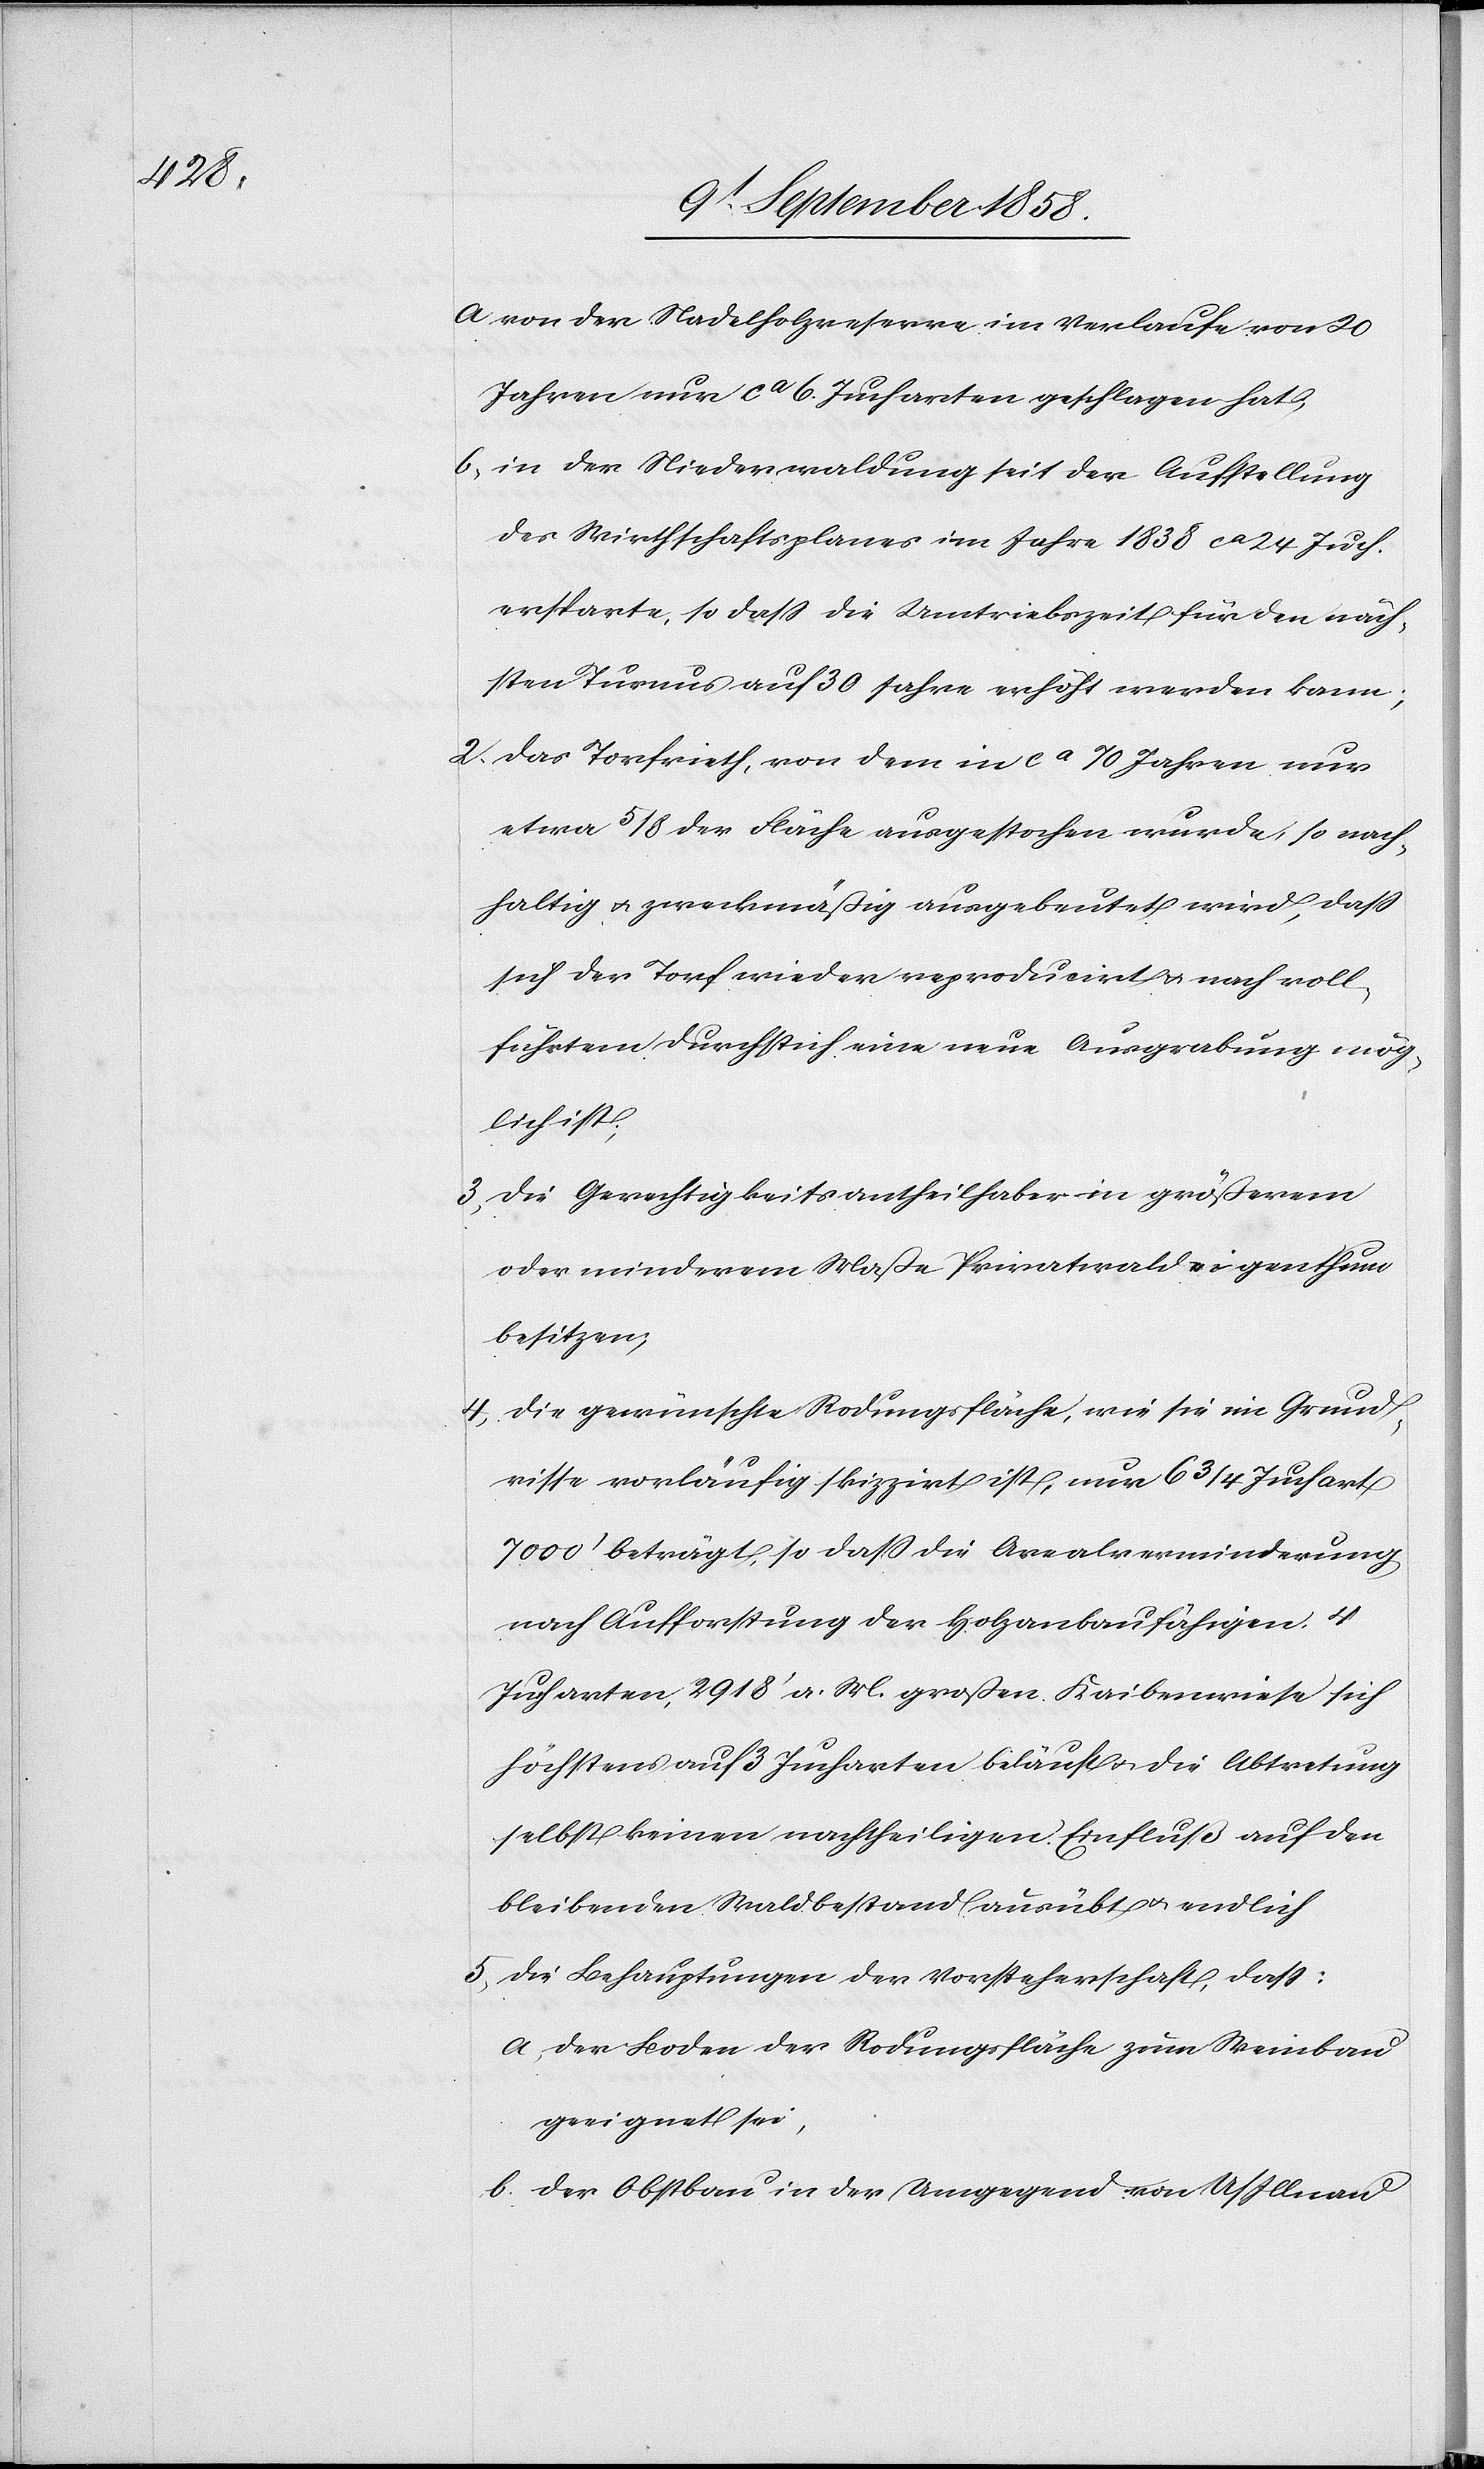
a. von der Nadelholzreserve im Verlaufe von 20
Jahren nur ca 6. Jucharten geschlagen hat;
b. in der Niederwaldung seit der Aufstellung
des Wirthschaftsplanes im Jahre 1838 ca 24 Juch.
ersparte, so dass die Umtriebszeit für den näch¬
sten Turnus auf 30 Jahre erhöht werden kann;
2. das Torfrieth, von dem in ca 70 Jahren nur
etwa 5/8 der Fläche ausgestochen wurde, so nach¬
haltig & zweckmäßig ausgebeutet wird, dass
sich der Torf wieder reproducirt & nach voll¬
führtem Durchstich eine neue Ausgrabung mög¬
lich ist;
3. die Gerechtigkeitsantheilhaber in größerem
oder minderem Maße Privatwaldeigenthum
besitzen;
4. die gewünschte Rodungsfläche, wie sie im Grund¬
risse vorläufig skizzirt ist, nur 6 3/4 Juchart
7000‘ beträgt, so dass die Arealverminderung
nach Aufforstung der Holzanbaufähigen 4
Jucharten, 2918‘ a. M. großen Kaibenwiese sich
höchstens auf 3 Jucharten beläuft & die Abtretung
selbst keinen nachtheiligen Einfluß auf den
bleibenden Waldbestand ausübt & endlich
5. die Behauptungen der Vorsteherschaft, dass:
a. der Boden der Rodungsfläche zum Weinbau
geeignet sei,
b. der Obstbau in der Umgegend von U/Illnau